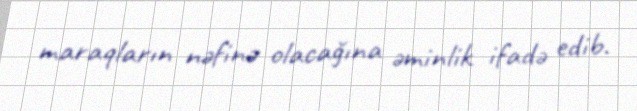
maraqların nəfinə olacağına əminlik ifadə edib.